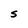
Character: S